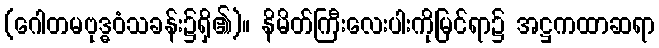
(ဂေါတမဗုဒ္ဓဝံသခန်း၌ရှိ၏)။ နိမိတ်ကြီးလေးပါးကိုမြင်ရာ၌ အဋ္ဌကထာဆရာ